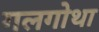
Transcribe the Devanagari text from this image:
गलगोथा